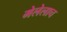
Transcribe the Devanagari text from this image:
मेलेलाच